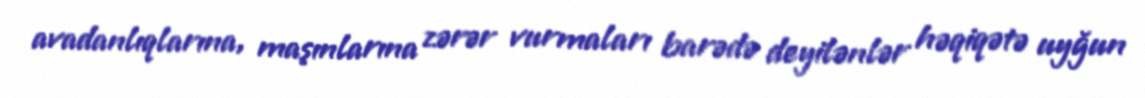
avadanlıqlarına, maşınlarına zərər vurmaları barədə deyilənlər həqiqətə uyğun